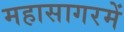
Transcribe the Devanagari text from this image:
महासागरमें